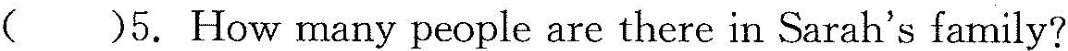
( )5. How many people are there in Sarah's family?